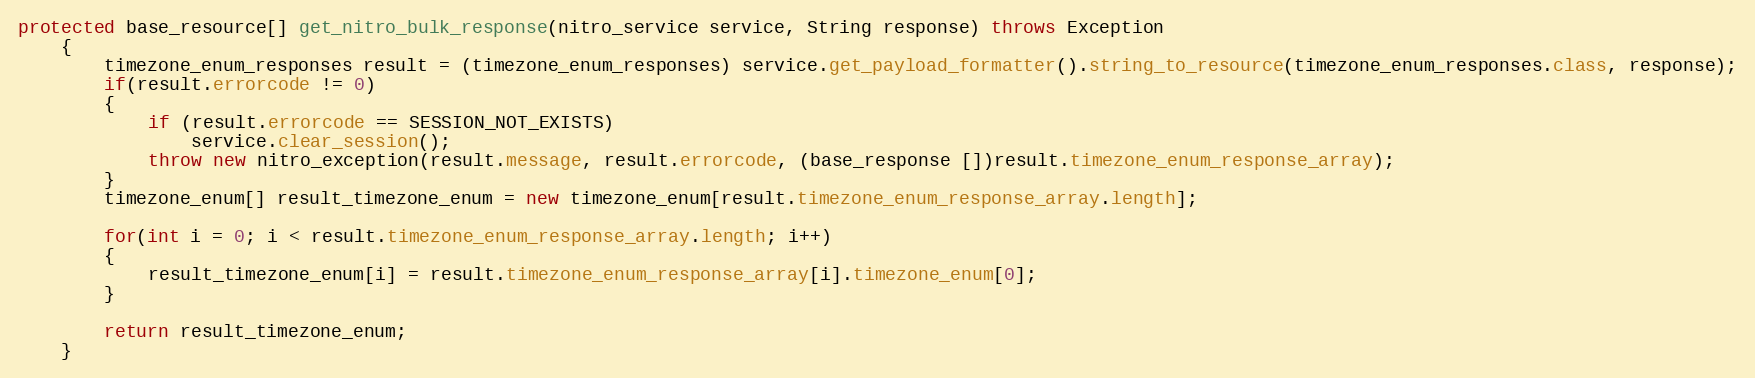
Language: Java
protected base_resource[] get_nitro_bulk_response(nitro_service service, String response) throws Exception
	{
		timezone_enum_responses result = (timezone_enum_responses) service.get_payload_formatter().string_to_resource(timezone_enum_responses.class, response);
		if(result.errorcode != 0)
		{
			if (result.errorcode == SESSION_NOT_EXISTS)
				service.clear_session();
			throw new nitro_exception(result.message, result.errorcode, (base_response [])result.timezone_enum_response_array);
		}
		timezone_enum[] result_timezone_enum = new timezone_enum[result.timezone_enum_response_array.length];

		for(int i = 0; i < result.timezone_enum_response_array.length; i++)
		{
			result_timezone_enum[i] = result.timezone_enum_response_array[i].timezone_enum[0];
		}

		return result_timezone_enum;
	}